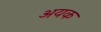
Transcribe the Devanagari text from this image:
अयक